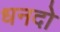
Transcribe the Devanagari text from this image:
धनदो